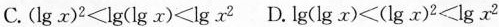
C.$$( l g { x } ) ^ { 2 } < lg { lg { x } } < lg { x ^ { 2 } }$$ D.$$lg { lg { x } } < ( lg { x } ) ^ { 2 } < l g { x ^ { 2 } }$$